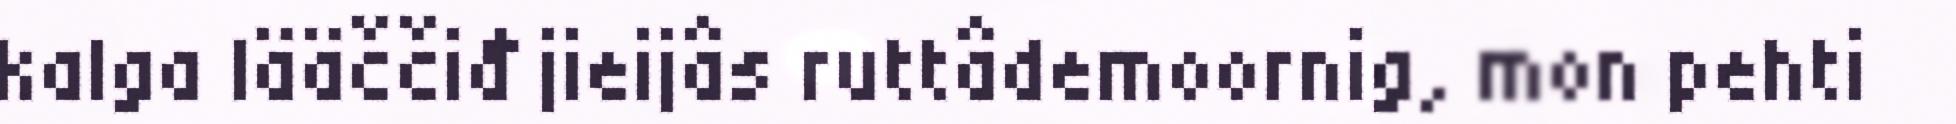
kalga lääččiđ jieijâs ruttâdemoornig, mon pehti